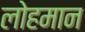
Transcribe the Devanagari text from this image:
लोहमान